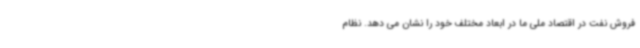
فروش نفت در اقتصاد ملی ما در ابعاد مختلف خود را نشان می ‌دهد. نظام